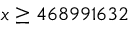
x \geq 4 6 8 9 9 1 6 3 2